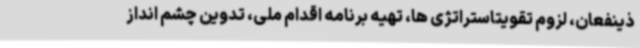
ذینفعان، لزوم تقویتاستراتژی ها، تهیه برنامه اقدام ملی، تدوین چشم انداز